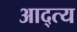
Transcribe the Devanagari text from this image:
आद्त्य